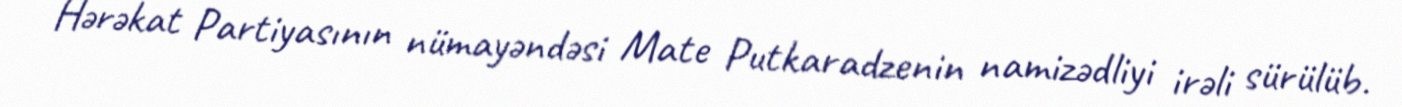
Hərəkat Partiyasının nümayəndəsi Mate Putkaradzenin namizədliyi irəli sürülüb.